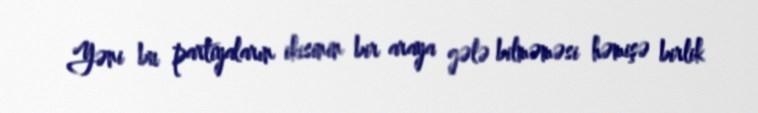
Yəni bu partiyaların ikisinin bir araya gələ bilməməsi həmişə birlik